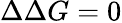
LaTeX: \Delta\Delta G=0